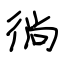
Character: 徜